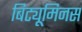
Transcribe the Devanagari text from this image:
बिट्यूमिनस